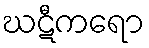
ဃဋီကရော